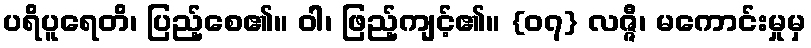
ပရိပူရေတိ၊ ပြည့်စေ၏။ ဝါ၊ ဖြည့်ကျင့်၏။ {၀၇} လဇ္ဇီ၊ မကောင်းမှုမှ